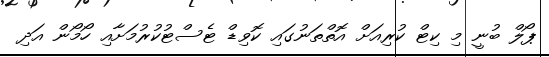
ޕޯލް ބުނީ މި ކިޓް ކުރިއަށް އޮތްތަނުގައި ކޮވިޑް ޓެސްޓުކުުރުމަށާއި ހޯމޯން އަދި